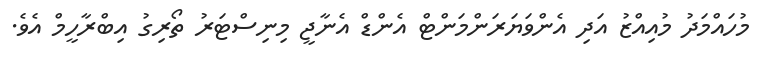
މުހައްމަދު މުއިއްޒު އަދި އެންވަޔަރަންމަންޓް އެންޑް އެނާޖީ މިނިސްޓަރު ތޯރިގު އިބްރާހީމް އެވެ.